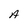
Character: A